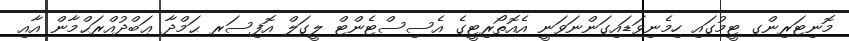
މޮނިޓަރިންގ ޓީމުގައި ހިމެނިވަޑައިގަންނަވަނީ އެއޮތޯރިޓީގެ އެސިސްޓެންޓް ލީގަލް އޮފިސަރ ޙަމްދާ ޢަބްދުއްރަޙްމާން އާއި